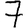
Digit: 7